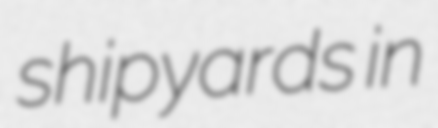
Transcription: shipyards in